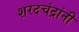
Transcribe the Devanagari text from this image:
शरदचंद्रांनी